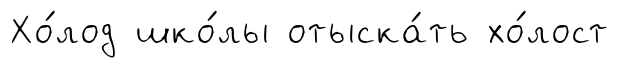
Хо́лод шко́лы отыска́ть хо́лост